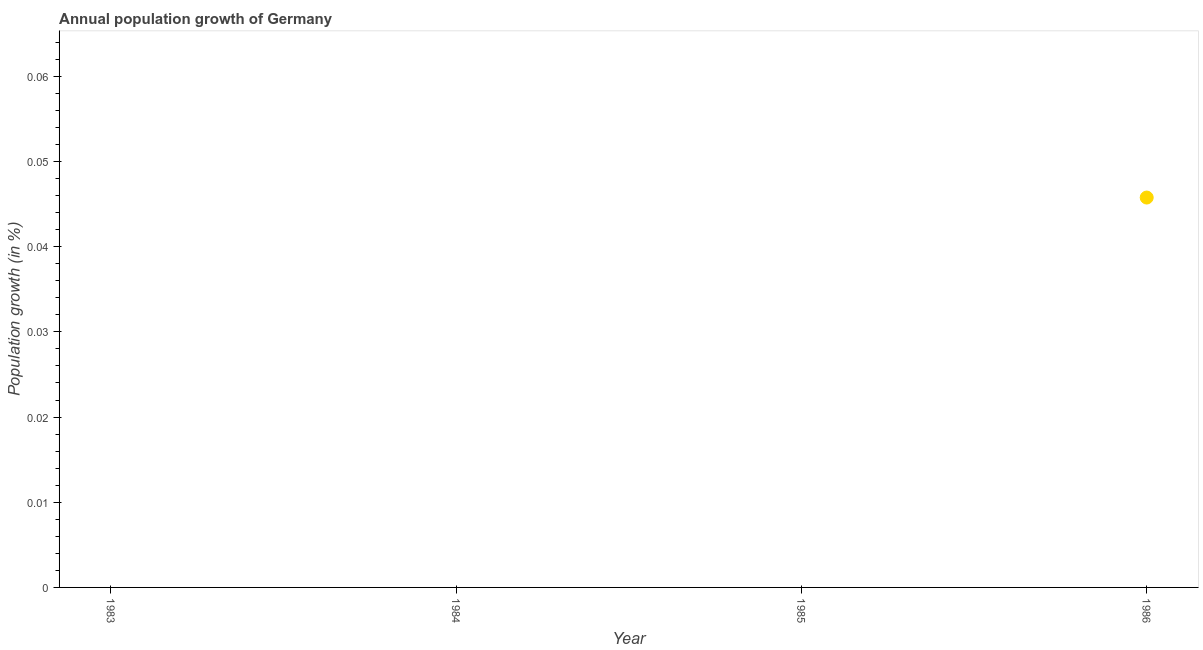
| Year | Population growth |
 | --- | --- |
 | 1983 | -0.262 |
 | 1984 | -0.346 |
 | 1985 | -0.223 |
 | 1986 | 0.0458 |